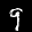
Label: 9